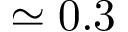
\simeq 0 . 3